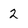
Character: 2